Report on vaccination in Madras 1904-1921 - 1904-1921
Year: 1904
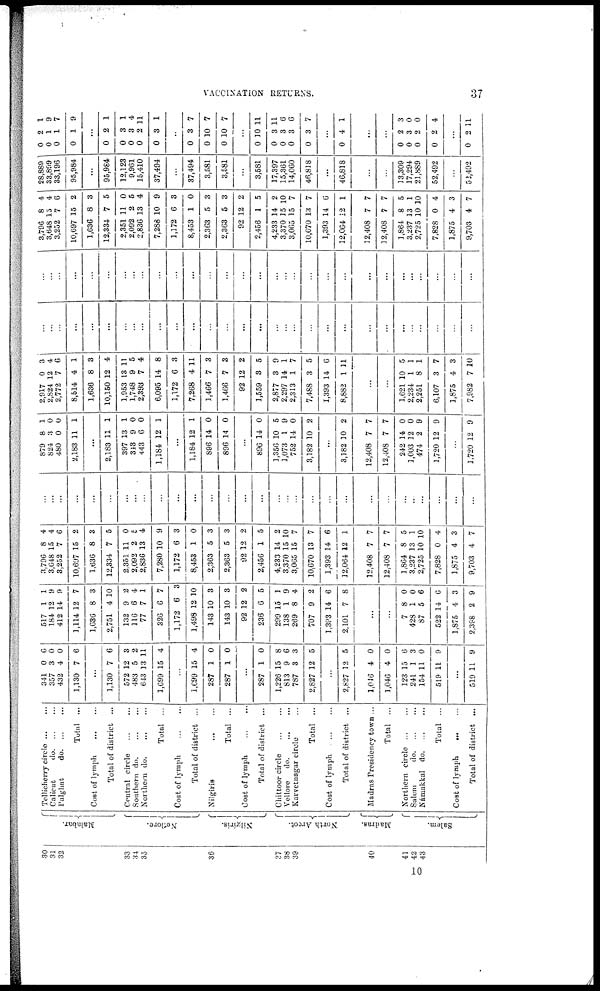
VACCINATION RETURNS.
37
30
31
32
33
34
35
36
37
38
39
40
41
42
43
Malabar.
Nellore.
Nilgiris.
North Arcot.
Madras.
Salem.
Tellicherry circle... ...
Calicut
do. ...
...
Palghat
do. ... ...
Total ...
Cost of lymph
...
...
Total of district ...
Central circle... ...
Southern do.
...
...
Northern do. ... ...
Total ...
Cost of lymph
...
...
Total of district ...
Nilgiris.
Total ...
Cost of lymph... ...
Total of district ...
Chittoor
circle...
...
Vellore
do.
...
...
Karvetnagar circle...
Total ...
Cost of
lymph...
...
Total of district ...
Madras Presidency town ...
Total
...
Northern circle... ...
Salem
do. ... ...
Námakkal do. ... ...
Total ...
Cost of lymph
Total of district ...
341
357
432
1,130
0
3
4
7
6
0
0
6
...
1,130
572
483
643
1,699
7
12
5
13
15
6
3
2
11
4
...
1,699
287
287
15
1
1
4
0
0
...
287
1,226
813
787
2,827
1
15
9
3
12
0
8
6
3
5
...
2,827
1,016
1,046
123
241
154
519
12
4
4
15
1
11
11
5
0
0
6
3
0
9
...
519 11 9
517
184
412
1,114
1,636
2,751
132
116
77
326
1,172
1,498
143
143
92
236
299
138
269
707
1,393
2,101
1
12
14
12
8
4
9
6
7
6
6
12
10
10
12
6
15
1
8
9
14
7
1
9
9
7
3
10
2
4
1
7
3
10
3
3
2
5
1
9
4
2
6
8
...
...
7
428
87
522
1,875
2,398
8
1
5
14
4
2
0
0
6
6
3
9
3,796
3,648
3,252
10,697
1,636
12,334
2,351
2,092
2,836
7,280
1,172
8,453
2,363
2,363
92
2,456
4,233
3,370
3,065
10,670
1,393
12,064
12,408
12,408
1,864
3,237
2,725
7,828
1,875
9,703
8
15
7
15
8
7
11
2
13
10
6
1
5
5
12
1
14
15
15
13
14
12
7
7
8
13
10
0
4
4
4
4
6
2
3
5
0
5
4
9
3
0
3
3
2
5
2
10
7
7
6
1
7
7
5
1
10
4
3
7
...
...
...
...
...
...
...
...
...
...
...
...
...
...
...
...
...
...
...
...
...
...
...
...
...
...
...
...
...
...
879
824
480
2,183
8
3
0
11
1
0
0
1
...
2,183
397
343
443
1,184
11
13
9
6
12
1
1
0
0
1
...
1,184
896
896
12
14
14
1
0
0
...
896
1,356
1,073
752
3,182
14
10
1
14
10
0
5
9
0
2
...
3,182
12,408
12,408
242
1,003
474
1,720
10
7
7
14
12
2
12
2
7
7
0
0
9
9
...
1,720 12 9
2,917
2,824
2,772
8,514
1,636
10,150
1,953
1,748
2,393
6,095
1,172
7,268
1,466
1,466
92
1,559
2,877
2,297
2,313
7,488
1,393
8,882
...
...
1,621
2,234
2,251
6,107
1,875
7,982
0
12
7
4
8
12
13
9
7
14
6
4
7
7
12
3
3
14
1
3
14
1
...
...
10
1
8
3
4
7
3
4
6
1
3
4
11
5
4
8
3
11
3
3
2
5
9
1
7
5
6
11
...
...
5
1
1
7
3
10
...
...
...
...
...
...
...
...
...
...
...
...
...
...
...
...
...
...
...
...
...
...
...
...
...
...
...
...
...
...
...
...
...
...
...
...
...
...
...
...
...
...
...
...
...
...
...
...
...
...
...
...
...
...
...
...
...
...
...
...
3,796
3,648
3,252
10,697
1,636
12,334
2,351
2,092
2,836
7,288
1,172
8,453
2,363
2,363
92
2,456
4,233
3,370
3,065
10,670
1,393
12,064
12,408
12,408
1,864
3,237
2,725
7,828
1,875
9,703
8
15
7
15
8
7
11
2
13
10
6
1
5
5
12
1
14
J5
15
13
14
12
7
7
8
13
10
0
4
4
4
4
6
2
3
5
0
5
4
9
3
0
3
3
2
5
2
10
7
7
6
1
7
7
5
1
10
4
3
7
28,889
33,899
33,196
95,984
...
95,984
12,123
9,961
15,410
37,494
...
37,494
3,581
3,581
...
3,581
17,397
15,361
14,060
46,818
...
46,818
...
...
13,309
17,294
21,889
52,492
...
52,492
0
0
0
0
2
1
1
1
1
9
7
9
...
0
0
0
0
0
2
3
3
2
3
1
1
4
11
1
...
0
0
0
3
10
10
7
7
7
...
0
0
0
0
0
10
3
3
3
3
11
11
6
6
7
...
0 4 1
...
...
0
0
0
0
2
3
2
2
3
0
0
4
...
0 2 11
10